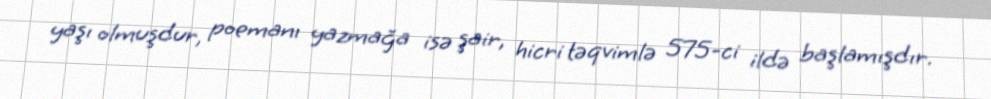
yaşı olmuşdur, poemanı yazmağa isə şair, hicri təqvimlə 575-ci ildə başlamışdır.